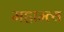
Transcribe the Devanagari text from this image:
महाम्त्य